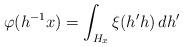
LaTeX: \begin{align*}\varphi(h^{-1} x) = \int_{H_x} \xi(h' h ) \, dh'\end{align*}